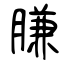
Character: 膁